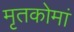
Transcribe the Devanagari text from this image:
मृतकोमां